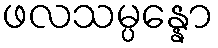
ဖလသမ္ပန္နော